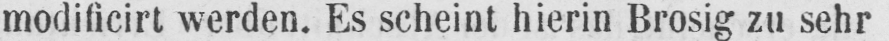
modificirt werden. Es scheint hierin Brosig zu sehr